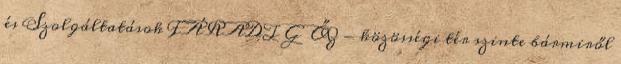
és Szolgáltatások FÁRADT GŐZ - közösségi tér szinte bármiről